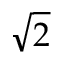
\sqrt { 2 }